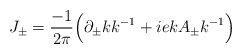
\begin{align*}J_\pm=\frac{-1}{2\pi}\Big(\partial_\pm kk^{-1}+iekA_\pm k^{-1}\Big)\end{align*}